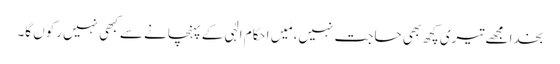
بخدا مجھے تیری کچھ بھی حاجت نہیں، مَیں احکام الٰہی کے پہنچانے سے کبھی نہیں رکوں گا۔